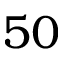
5 0